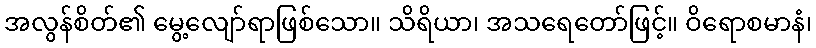
အလွန်စိတ်၏ မွေ့လျော်ရာဖြစ်သော။ သိရိယာ၊ အသရေတော်ဖြင့်။ ဝိရောစမာနံ၊